Annual report on the Civil Veterinary Department, Burma (including the Insein Veterinary School) - 1923-1931
Year: 1923
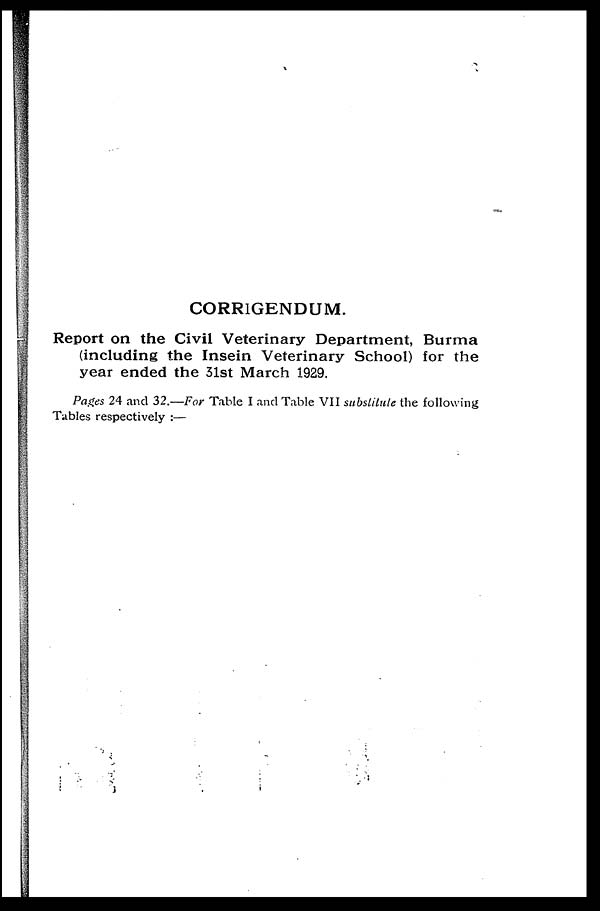
CORRIGENDUM.
Report on the Civil Veterinary Department, Burma
(including the Insein Veterinary School) for the
year ended the 31st March 1929.
Pages 24 and 32.—For Table I and Table VII substitute the following
Tables respectively :—